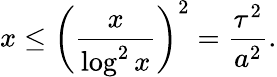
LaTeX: x\leq\left(\frac{x}{\log^{2}x}\right)^{2}=\frac{\tau^{2}}{a^{2}}.